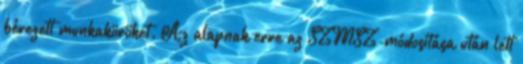
bérezett munkaköröket. Az alapnak erre az SZMSZ-módosítása után lett